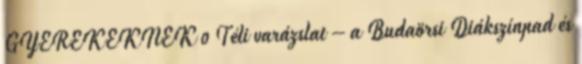
GYEREKEKNEK 0 Téli varázslat – a Budaörsi Diákszínpad és